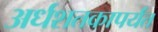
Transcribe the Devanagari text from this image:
अर्धशतकापर्यंत